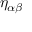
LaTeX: \eta _ { \alpha \beta }